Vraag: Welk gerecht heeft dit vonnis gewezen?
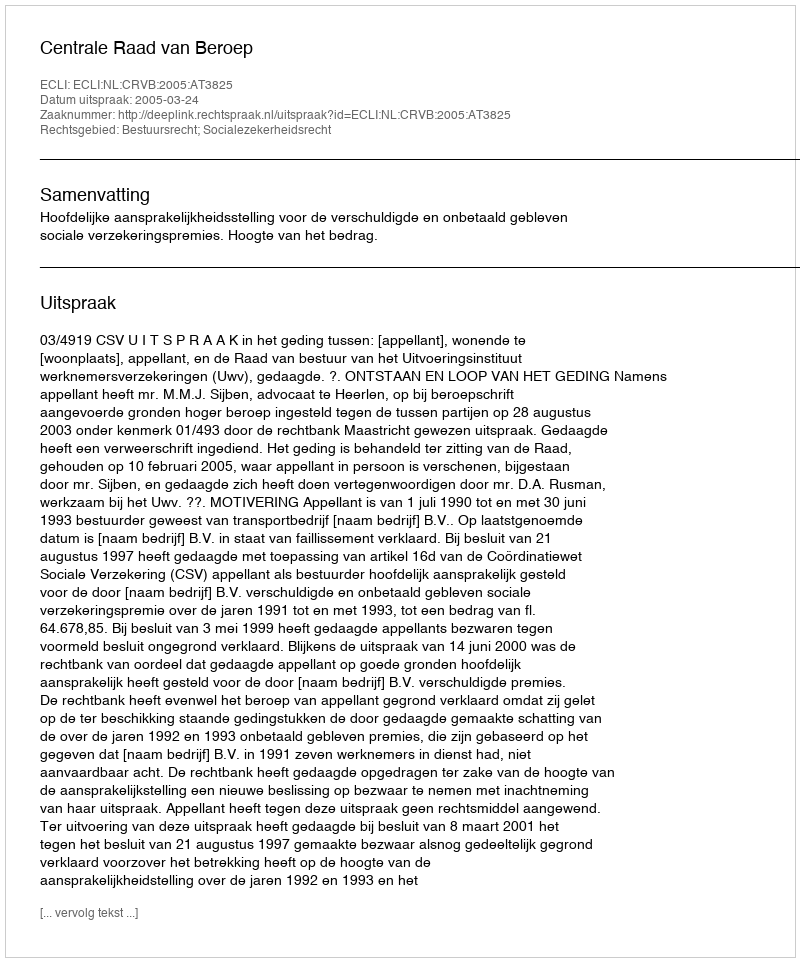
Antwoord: Centrale Raad van Beroep